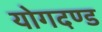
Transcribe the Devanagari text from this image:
योगदण्ड